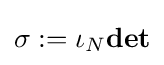
\sigma :=\iota _{N}{\textbf {det}}